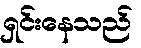
ရှင်းနေသည်